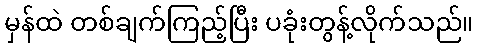
မှန်ထဲ တစ်ချက်ကြည့်ပြီး ပခုံးတွန့်လိုက်သည်။